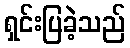
ရှင်းပြခဲ့သည်